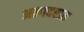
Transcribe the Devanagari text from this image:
अल्पदरात